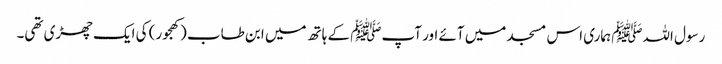
رسول اللہﷺ ہماری اس مسجد میں آئے اور آپﷺ کے ہاتھ میں ابن طاب (کھجور) کی ایک چھڑی تھی۔